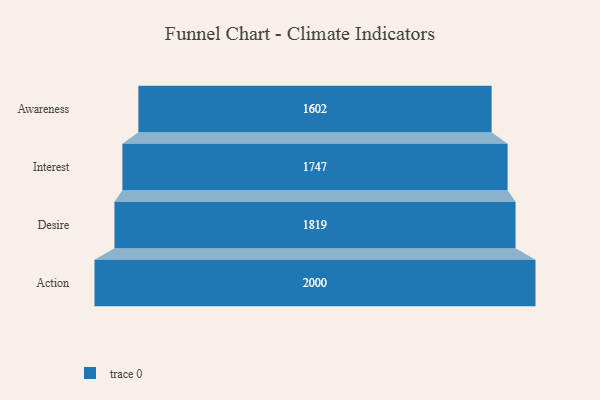
{"axis": {"x": "Stage", "y": "Value"}, "legend": [""], "data": [{"x": "Awareness", "y": 1602.0, "type": ""}, {"x": "Interest", "y": 1747.0, "type": ""}, {"x": "Desire", "y": 1819.0, "type": ""}, {"x": "Action", "y": 2000, "type": ""}]}